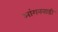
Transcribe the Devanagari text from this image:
आंगनबाडी